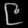
Digit: ၉